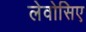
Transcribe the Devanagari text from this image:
लेवोसिए